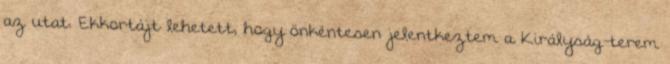
az utat. Ekkortájt lehetett, hogy önkéntesen jelentkeztem a Királyság-terem